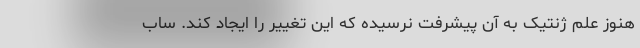
هنوز علم ژنتیک به آن پیشرفت نرسیده که این تغییر را ایجاد کند. ساب